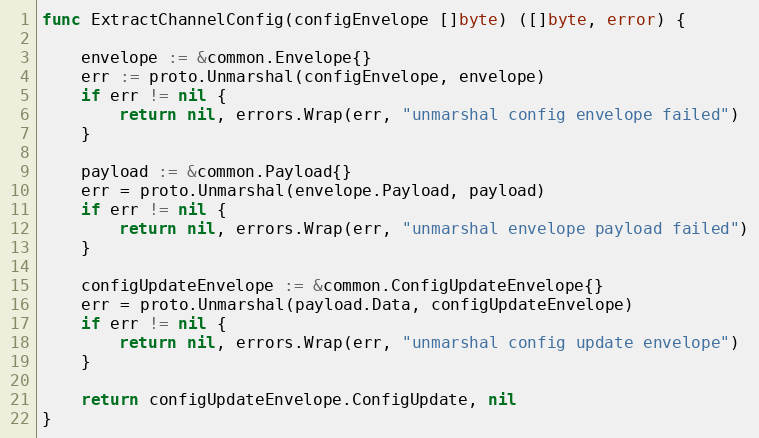
Language: Go
func ExtractChannelConfig(configEnvelope []byte) ([]byte, error) {

	envelope := &common.Envelope{}
	err := proto.Unmarshal(configEnvelope, envelope)
	if err != nil {
		return nil, errors.Wrap(err, "unmarshal config envelope failed")
	}

	payload := &common.Payload{}
	err = proto.Unmarshal(envelope.Payload, payload)
	if err != nil {
		return nil, errors.Wrap(err, "unmarshal envelope payload failed")
	}

	configUpdateEnvelope := &common.ConfigUpdateEnvelope{}
	err = proto.Unmarshal(payload.Data, configUpdateEnvelope)
	if err != nil {
		return nil, errors.Wrap(err, "unmarshal config update envelope")
	}

	return configUpdateEnvelope.ConfigUpdate, nil
}